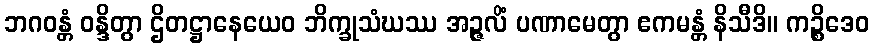
ဘဂဝန္တံ ဝန္ဒိတွာ ဌိတဋ္ဌာနေယေဝ ဘိက္ခုသံဃဿ အဉ္ဇလိံ ပဏာမေတွာ ဧကမန္တံ နိသီဒိ။ ကဉ္စိဒေဝ